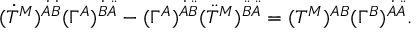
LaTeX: ( \dot { T } ^ { M } ) ^ { \dot { A } \dot { B } } ( \Gamma ^ { A } ) ^ { \dot { B } \ddot { A } } - ( \Gamma ^ { A } ) ^ { \dot { A } \ddot { B } } ( \ddot { T } ^ { M } ) ^ { \ddot { B } \ddot { A } } = ( T ^ { M } ) ^ { A B } ( \Gamma ^ { B } ) ^ { \dot { A } \ddot { A } } .